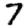
Digit: 7